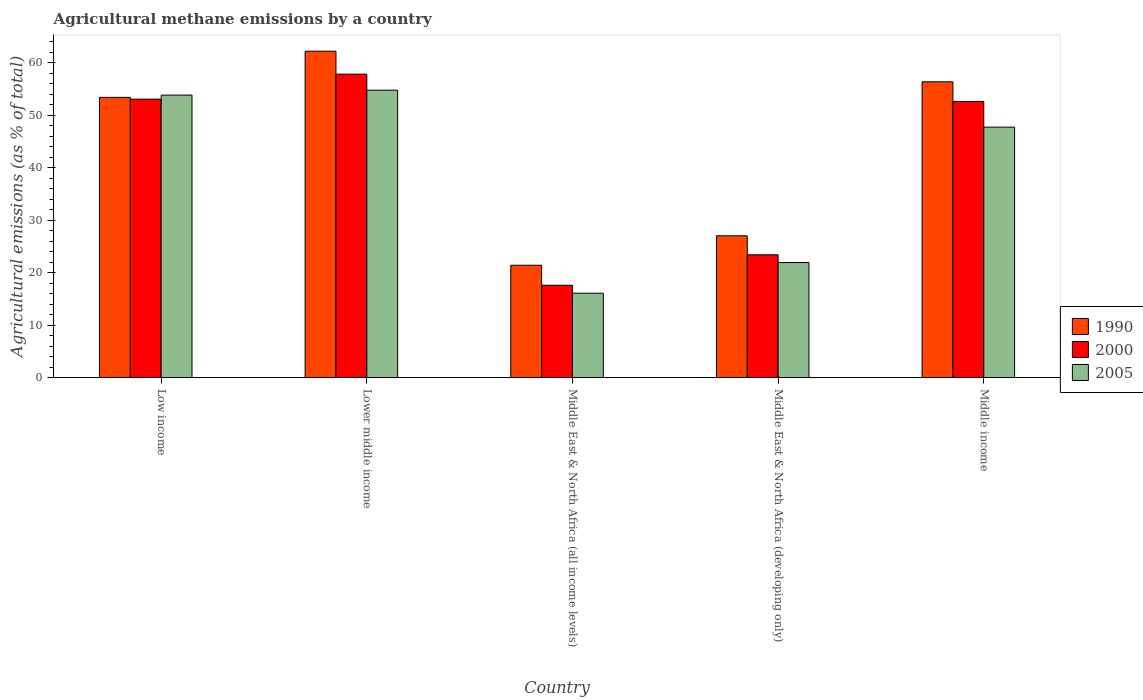
| Country | 1990 | 2000 | 2005 |
 | --- | --- | --- | --- |
 | Low income | 53.4 | 53.1 | 53.8 |
 | Lower middle income | 62.2 | 57.8 | 54.8 |
 | Middle East & North Africa (all income levels) | 21.4 | 17.6 | 16.1 |
 | Middle East & North Africa (developing only) | 27 | 23.4 | 21.9 |
 | Middle income | 56.4 | 52.6 | 47.7 |